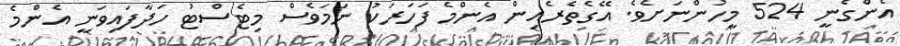
އެންގެނީ 524 މީހުންނަށެވެ. އޭގެތެރެއިން އެންމެ ފަހަރަކު ނަމަވެސް މިޓެސްޓު ހަދާފައިވަނީ އެންމެ